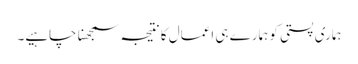
ہماری پستی کو ہمارے ہی اعمال کا نتیجہ سمجھنا چاہیے۔